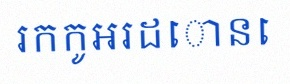
រកកូអរដោនេ